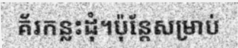
គ័រកន្លះដុំ។ប៉ុន្តែសម្រាប់